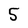
Character: S